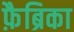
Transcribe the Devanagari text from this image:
फ़ैब्रिका